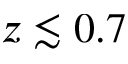
z \lesssim 0 . 7